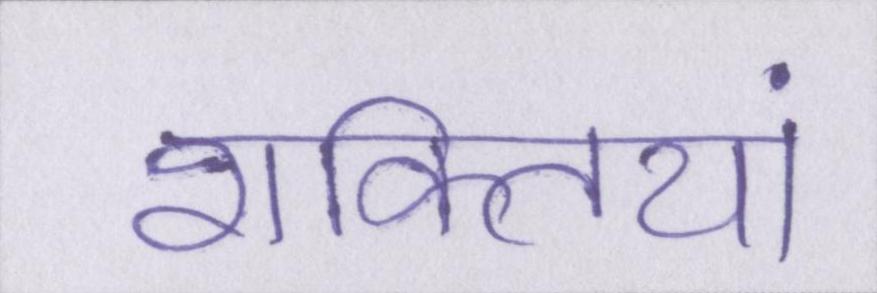
शक्तियां